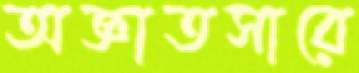
অজ্ঞাতসারে